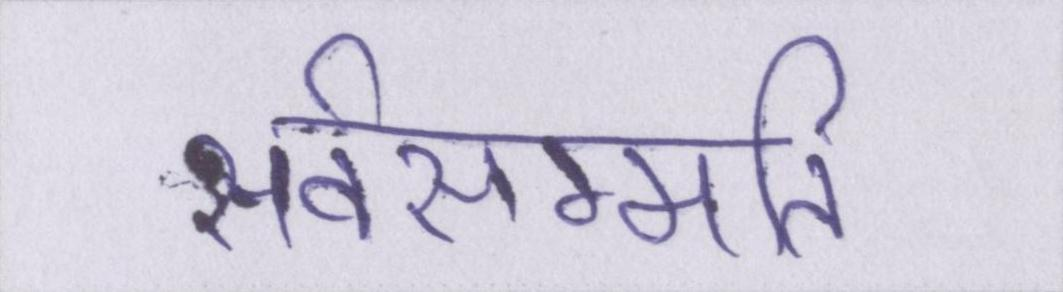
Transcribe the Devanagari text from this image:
सर्वसम्मति